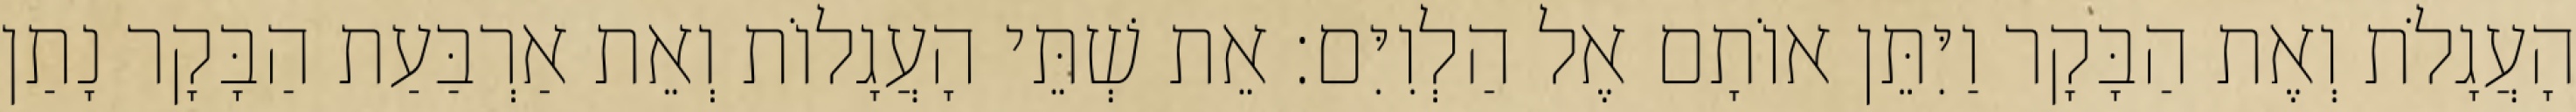
הָעֲגָלֹת וְאֶת הַבָּקָר וַיִּתֵּן אוֹתָם אֶל הַלְוִיִּם׃ אֵת שְׁתֵּי הָעֲגָלוֹת וְאֵת אַרְבַּעַת הַבָּקָר נָתַן